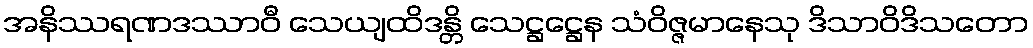
အနိဿရဏဒဿာဝီ သေယျထိဒန္တိ သေဋ္ဌဋ္ဌေန သံဝိဇ္ဇမာနေသု ဒိသာဝိဒိသတော